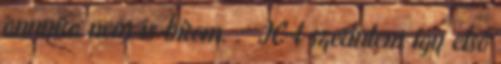
annyira nem is bírom. : JC-t szerintem így első